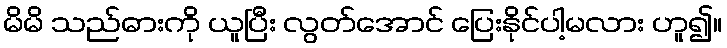
မိမိ သည်ဓားကို ယူပြီး လွတ်အောင် ပြေးနိုင်ပါ့မလား ဟူ၍။